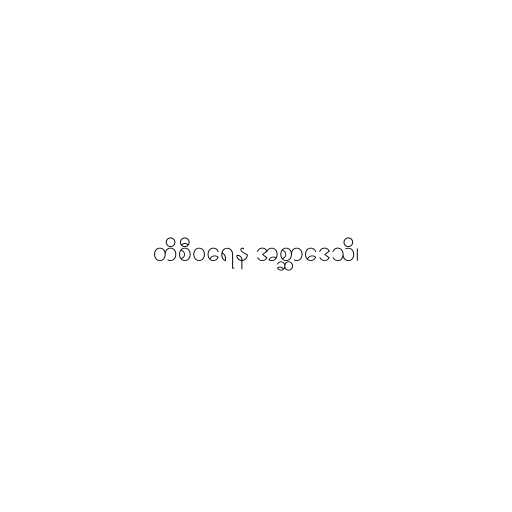
တိစီဝရေန အစ္ဆာဒေသိ၊